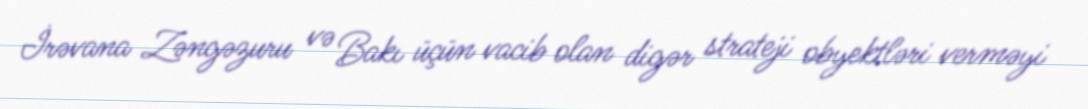
İrəvana Zəngəzuru və Bakı üçün vacib olan digər strateji obyektləri verməyi